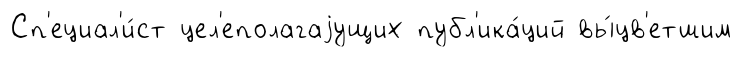
Сп'ециал'и́ст цел'еполагаjущих публ'ика́ций вы́цв'етшим